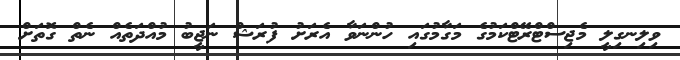
ވިލިނގިލީ މެޖިސްޓްރޭޓްކަމުގެ މަގާމުގައި ހުންނަވާ އެރަށު ފުރަޝް ނަޖީބު މުއްދަތެއް ނެތް ގޮތަށް